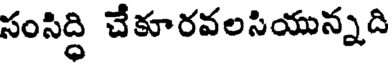
సంసిద్ధి చేకూరవలసియున్నది